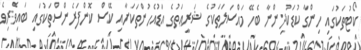
ކޯޓުތަކުގައި ހިންގާ ކުޑަކުދިންނާ ބެހޭ މައްސަލަތަކުގެ ޝަރީޢަތުގެ އަޑުއެހުންތަކަށާއި ކޭސް ކޮންފަރެންސްތަކުގައި ބައިވެރިވެ